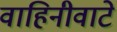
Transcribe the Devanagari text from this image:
वाहिनीवाटे